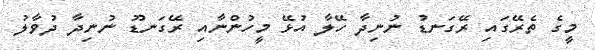
މީގެ ތެރޭގައި ރޭގަނޑު ނުނިދާ ހޭލާ އުޅޭ މީހުންނާއި ރޭގަނޑޫ ނުނިދާ ދުވާލު